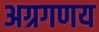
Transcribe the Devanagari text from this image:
अग्रगणय